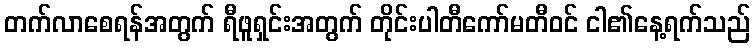
တက်လာစေရန်အတွက် ရီဖူရှင်းအတွက် တိုင်းပါတီကော်မတီဝင် ငါ၏နေ့ရက်သည်